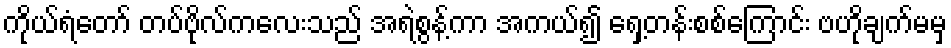
ကိုယ်ရံတော် တပ်ဗိုလ်ကလေးသည် အရဲစွန့်ကာ အကယ်၍ ရှေ့တန်းစစ်ကြောင်း ဗဟိုချက်မမှ